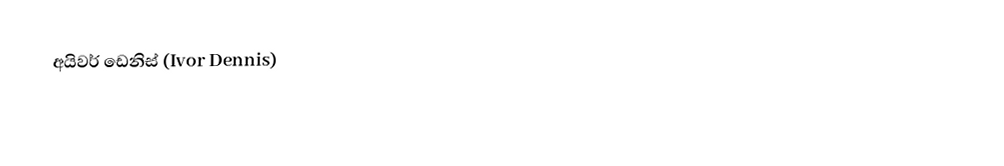
අයිවර් ඩෙනිස් (Ivor Dennis)